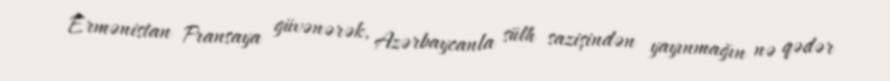
Ermənistan Fransaya güvənərək, Azərbaycanla sülh sazişindən yayınmağın nə qədər